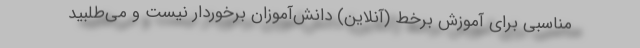
مناسبی برای آموزش بَرخط (آنلاین) دانش‌آموزان برخوردار نیست و می‌طلبید